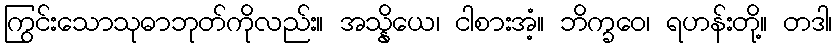
ကြွင်းသောသုဓာဘုတ်ကိုလည်း။ အသ္နိယေ၊ ငါစားအံ့။ ဘိက္ခဝေ၊ ရဟန်းတို့။ တဒါ၊